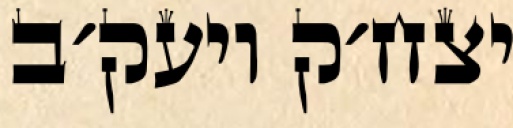
יצח׳ק ויעק׳ב